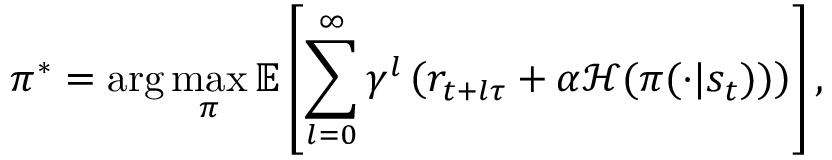
\pi ^ { * } = \arg \operatorname* { m a x } _ { \pi } \mathbb { E } \left[ \sum _ { l = 0 } ^ { \infty } \gamma ^ { l } \left( r _ { t + l \tau } + \alpha \mathcal { H } ( \pi ( \cdot | s _ { t } ) ) \right) \right] ,